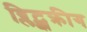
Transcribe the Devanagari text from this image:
ब्लिट्झक्रीग